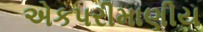
એકપરીમાણીય